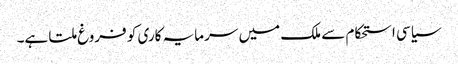
سیاسی استحکام سے ملک میں سرمایہ کاری کو فروغ ملتا ہے۔